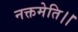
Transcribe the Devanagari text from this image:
नक्तमेति।।